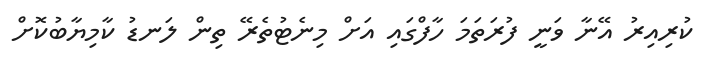
ކުރިއިރު އޭނާ ވަނީ ފުރަތަމަ ހާފްގައި އަށް މިނެޓުތެރޭ ތިން ލަނޑު ކާމިޔާބުކޮށް